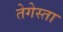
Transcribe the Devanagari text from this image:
तेगेस्ता